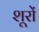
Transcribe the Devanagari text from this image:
शूरों